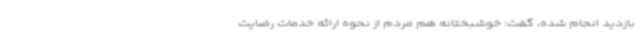
بازدید انجام شده، گفت: خوشبختانه هم مردم از نحوه ارائه خدمات رضایت